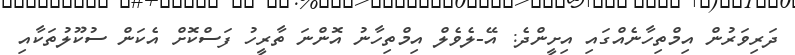
ދަރިވަރުން އިމްތިހާނެއްގައި އިށީންދެ: އޭ-ލެވެލް އިމްތިހާނު އޮންނަ ތާރީހު ފަސްކޮށް އެކަން ސުކޫލުތަކާއި